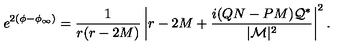
e ^ { 2 \left( \phi - \phi _ { \infty } \right) } = \frac { 1 } { r ( r - 2 M ) } \left| r - 2 M + \frac { i ( Q N - P M ) { \cal Q } ^ { * } } { | { \cal M } | ^ { 2 } } \right| ^ { 2 } .